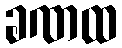
ခဏထ